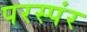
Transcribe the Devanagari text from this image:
परस्पंर